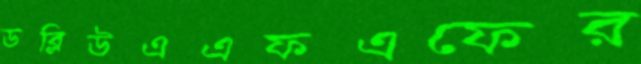
ডব্লিউএএফএফের